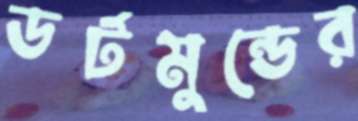
ডর্টমুন্ডের